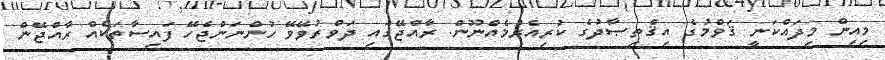
މިއިން މިދައްކަނީ ޤަވްމުގެ އިޤްތިޞާދުގެ ކުރިއެރުމެއްނޫން. ރާއްޖޭގައި ދަވްރުވޭވޭ ހުންނަންޖެހޭ ފައިސާތަކެއް ރާއްޖޭން